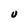
Character: U